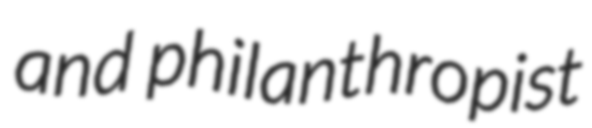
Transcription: and philanthropist